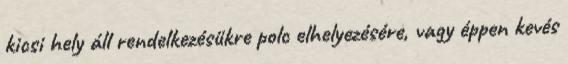
kicsi hely áll rendelkezésükre polc elhelyezésére, vagy éppen kevés